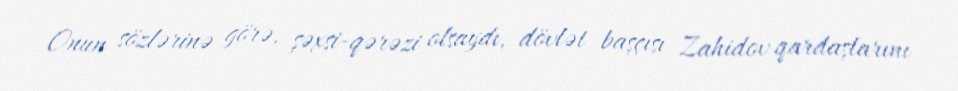
Onun sözlərinə görə, şəxsi-qərəzi olsaydı, dövlət başçısı Zahidov qardaşlarını